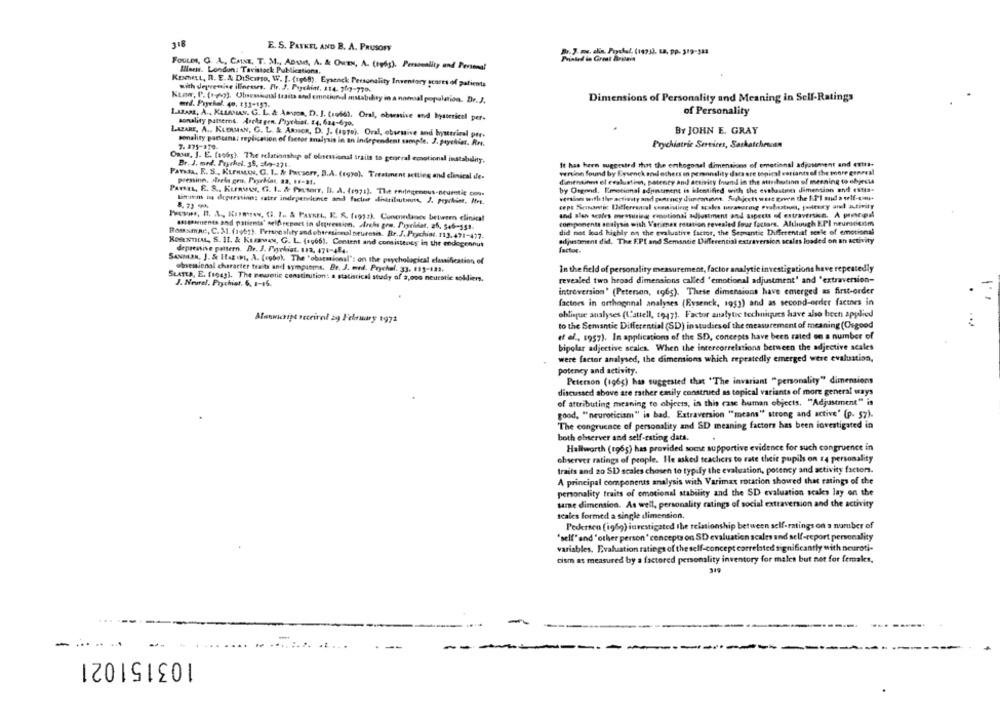
318
E. S. PATKEL AND B. A. PRUSOFF
.3. Fr. alis Pochel. (199 3). L8, Pp. 319-588
FOULM, G. A ., CAINE, T. M ., ADAMS, A. & OWEN, A. (tg6g). Personality and Personal
Weems. London: Tavistock Publications.
KENhet, n. E.& DIScurso, W. J. (1968). Eysenck Personality Inventory scores of patients
with depremise illnesses. Pr. J. Paychin, 114. 257-770.
Kunw, P. (+4). Obseminal traits and emntiundl mstability in a nomial population. Dr.J.
Dimensions of Personality and Meaning in Self-Ratings
med. Pryehel. 40, 33-157.
of Personality
LABASE, A .. KALANAN. G. L. & Amon, D. J. (rob6). Oral, obsessive and hysterical per-
sonality patterns. Archa gen. Psychiat. 24, 624-630,
BY JOHN E. GRAY
LAFARE, A ., KLERMAN, G. L. & Assion, D. J. (19te). Oral, obursive and hysterical per-
sonality pantcena: replication of factor analysis in an independent sample. J. payehier. Ren.
Prychiatric Services, Saskatchewan
7. 375-170.
Onur, J. E. (eobs). The relationship of obsessionsl trails to general emotional instability.
Dr. J. med. Prychel. 35, 369-271.
It has been suggested that the orthogonal dimensions of emotional adjustment and extra-
version found by Eysenck and others in personality dats are topical variants of the more general
Panda, E. S ., Kunstos, C. L ., & Pacserr, B.A. (egye). Treatment setting and clinical dle-
dinehainns of evaluating, patenty and activity Inand in the starshotinn of meaning to objects
pressinn. strela gen. Pryeklat. 83, 6-31.
PAPEL, E. S ., Kuauer, G. I. & Pastorr, Il. A. (1971). The endingrnous-neurotic con-
by Orgond. Emotional sdpntment is identified with the esthestion dimension and estis-
Binam me depressing: cater independiente and factor ditributmn, J. Prychint, Mrs.
version worth the actisuty and partency dimcarino. Subjects wert Boven the f.Il and a tlf.com+
8. 7) *
cept Semantic Diflereanal conniving of scals terasuring ovahustrun, forttury and activity
and ales scales measuring; emotional aaljustment and aspects of extraversin. A prncipal
Pows, B. A ., Kumres, G. I. & PAYKEL, IL. R. (1972). Conenedanos between clinica!
components sealysis with Verimex rotation revealed Jour factors. Although E.PI neuroticrim
assiments and patients' selffreport in depression. Archs gra. Pageldet, 26. 546-151.
did not load highly on the evaluative factor, the Semantic Differential seale of emotional
Romsmat, C. 31. (196g). Personality andobsessionol seuresis. Br.J. Prychiot. 113.491-477.
ROSENTILML, S. 11. & Kusaway, G. L. (1966), Content and consistenty in the endogennut
adjustment did. The E.PT and Semansie Differential extraversion scales loaded on an activity
depressive pattern. Dr. J. Pryokist. 112, 474-484-
factor.
SANman, J. & H.g .M. A. (robok. The "obaesional': on the psychological classification of
obsessional character traits and symptoms. Br. J. med. Prychef. 33. 111-123.
In the field of personality measurement, factor analytic investigations have repeatedly
SLATEA, E. (reag). The rewetie constitution: a statistical study of a,ooo neuestic sokliers.
revealed two hroad dimensions called "emotional adjustment' and "extraversion-
J. Neurel, Prychiot. 6. 2-46.
introversion' (Peterson, 1965). These dimensions have emerged as first-order
factors in orthogonal analyses (Eysenck, 1951) and as second-order factnes in
oblique analyses (L'attell, t947). Factor analytic techniques have also been applied
to the Semantic Differential (SD) instudiesof the measurement of meaning (Csgood
ef el ., $957). In applications of the SD, concepts have been rated on a number of
bipolar adjective scales. When the intercorrelations between the adjective scales
were factor analysed, the dimensions which repeatedly emerged were evaluation,
potency and activity.
Peterson (196g) has suggested that "The invariant "personality" dimensions
discussed above are rather emily construed as topical variants of more general ways
of attributing meaning to objects, in this case human objects, "Adjustment" is
good, "neuroticism" is bad. Extraversion "means" strong and active' (p- 57).
The congruence of personality and SD meaning factors has been investigated in
both observer and self-rating dats.
Hallworth (rg65) has provided some supportive evidence for such congruence in
observer ratings of people. He asked teachers to rate their pupils on 4 personality
traits and 20 SD scales chosen to typify the evaluation, potency and activity factors.
A principal components analysis with Varimax rotation showed that ratings of the
personality traits of emotional stability and the SD evaluation scales lay on the
ume dimension. As well, personality ratings of social extraversion and the activity
Icales formed a single dimension.
Pedersen (1969) investigated the relationship between self-ratings on a number of
"self"and " other person ' concepts on SD evaluation scales and self-report personality
variables. Evaluation ratings of the self-concept correlated significantly with neuroti-
cism as measured by a factored personality inventory for males but not for females,
...
- ... ..
...
103151021